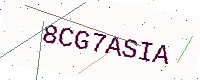
Text: 8CG7ASIA